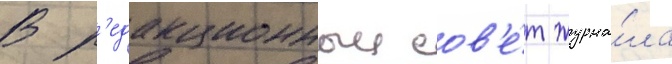
В р'едакционныи сов'е́т журна́ла